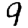
Digit: 9